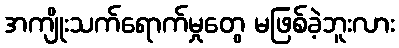
အကျိုးသက်ရောက်မှုတွေ မဖြစ်ခဲ့ဘူးလား